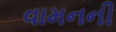
વામનની